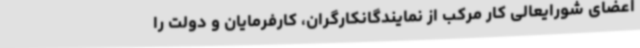
اعضای شورایعالی کار مرکب از نمایندگانکارگران، کارفرمایان و دولت را